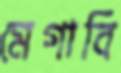
মেগাবি